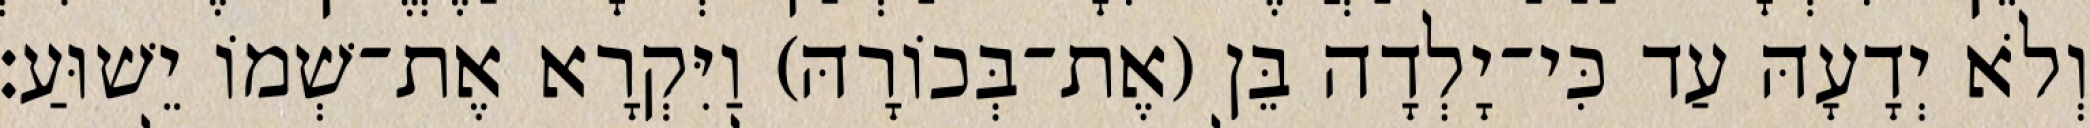
וְלֹא יְדָעָהּ עַד כִּי־יָלְדָה בֵּן (אֶת־בְּכוֹרָהּ) וַיִּקְרָא אֶת־שְׁמוֹ יֵשׁוּעַ׃